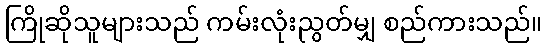
ကြိုဆိုသူများသည် ကမ်းလုံးညွတ်မျှ စည်ကားသည်။